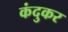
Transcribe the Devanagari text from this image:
कंदुकर